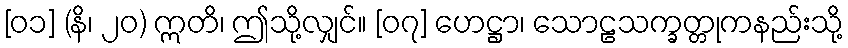
[၀၁] (နိ၊ ၂၀) ဣတိ၊ ဤသို့လျှင်။ [၀၇] ဟေဋ္ဌာ၊ သောဠသက္ခတ္တုကနည်းသို့